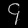
Digit: ၄